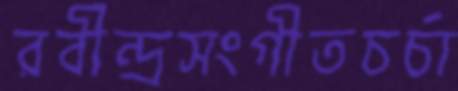
রবীন্দ্রসংগীতচর্চা